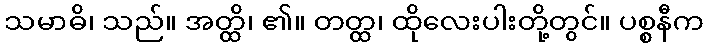
သမာဓိ၊ သည်။ အတ္ထိ၊ ၏။ တတ္ထ၊ ထိုလေးပါးတို့တွင်။ ပစ္စနီက